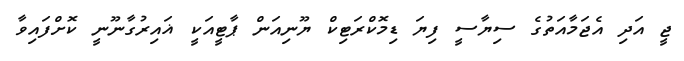
ޖީ އަދި އެޖަމާއަތުގެ ސިޔާސީ ފިޔަ ޑިމޮކްރަޓިކް ޔޫނިއަން ޕާޓީއަކީ ޣައިރުގާނޫނީ ކޮށްފައިވާ